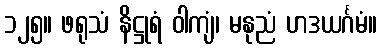
၁၂၅။ ဖရုသံ နိဋ္ဌုရံ ဝါကျံ၊ မနုညံ ဟဒယင်္ဂမံ။